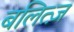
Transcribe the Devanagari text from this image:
बलित्ज़